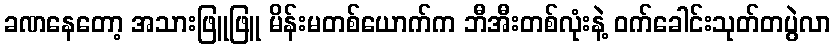
ခဏနေတော့ အသားဖြူဖြူ မိန်းမတစ်ယောက်က ဘီအီးတစ်လုံးနဲ့ ဝက်ခေါင်းသုတ်တပွဲလာ